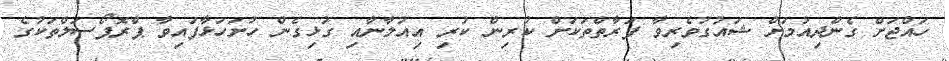
ހައްޖަށް ގެންދިއުމަށް ޝައުގުވެރިވާ ފަރާތްތަކަށް ކުރިން ކުރި އިއުލާނާއި ގުޅިގެން ހުށަހަޅާފައިވާ ޕްރޮޕޯސަލްތަކުގެ